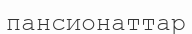
пансионаттар